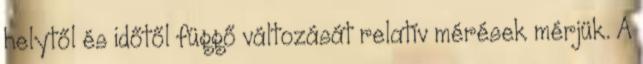
helytől és időtől függő változását relatív mérések mérjük. A